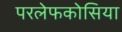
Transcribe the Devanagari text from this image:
परलेफकोसिया